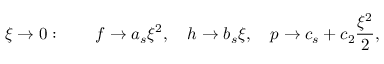
\xi \rightarrow 0 : \qquad f \rightarrow a _ { s } \xi ^ { 2 } , \quad h \rightarrow b _ { s } \xi , \quad p \rightarrow c _ { s } + c _ { 2 } \frac { \xi ^ { 2 } } { 2 } ,